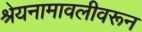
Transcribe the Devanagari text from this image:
श्रेयनामावलीवरून